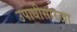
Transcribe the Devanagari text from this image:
उपाधीसारखा